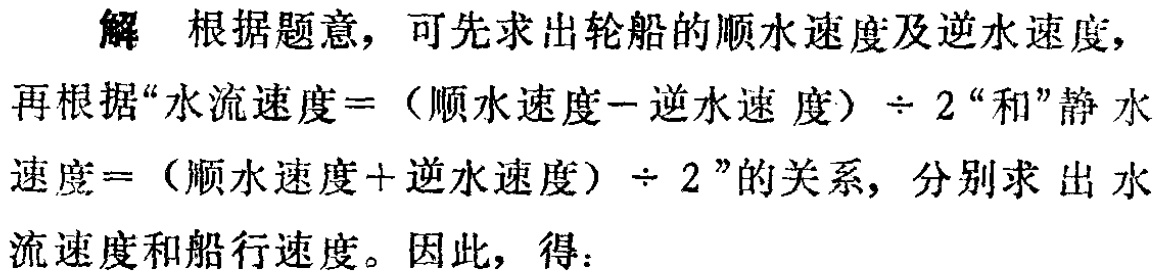
解 根据题意，可先求出轮船的顺水速度及逆水速度，再根据“水流速度$=$（顺水速度$-$逆水速度）$\div 2$“和”静水速度$=$（顺水速度$+$逆水速度）$\div 2$”的关系，分别求出水流速度和船行速度。因此，得：